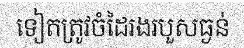
ទៀតត្រូវចំដៃរងរបួសធ្ងន់